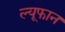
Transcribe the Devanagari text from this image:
ल्यूफान